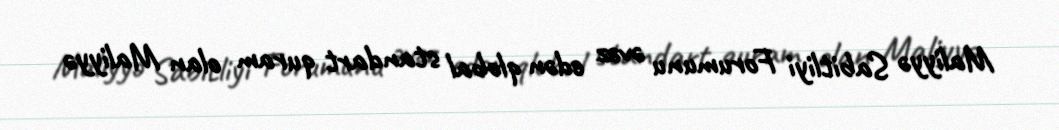
Maliyyə Sabitliyi Forumunu əvəz edən qlobal standart quram olan Maliyyə